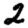
Digit: 2